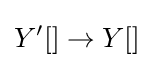
Y^{\prime }[]\to Y[]